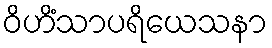
ဝိဟိံသာပရိယေသနာ